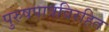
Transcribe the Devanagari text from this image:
पुरुषपात्रविरहित